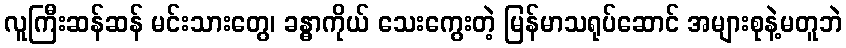
လူကြီးဆန်ဆန် မင်းသားတွေ၊ ခန္ဓာကိုယ် သေးကွေးတဲ့ မြန်မာသရုပ်ဆောင် အများစုနဲ့မတူဘဲ